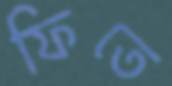
ফিতে